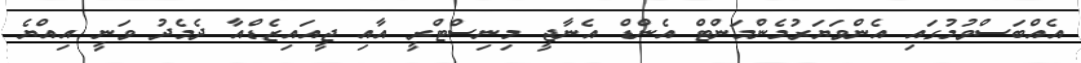
އެއްބަސްވުމުގައި އެންވަޔަރުމެންމަންޓް އެންޑް އެނާޖީ މިނިސްޓްރީ އާއި ޖީއައިޒެޑްއާ ދެމެދު ވަނީ އިއްޔެ